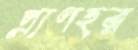
প্রাণহর